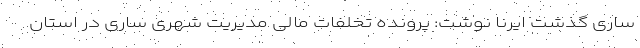
ساری گذشت ایرنا نوشت: پرونده‌ تخلفات مالی مدیریت شهری ساری در استان